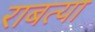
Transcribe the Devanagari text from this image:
राबत्या